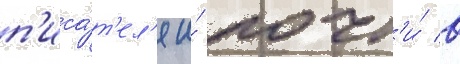
п'иса́т'ел'я и́ почт'и́ в